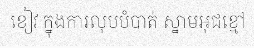
ខៀវ ក្នុងការលុបបំបាត់ ស្នាមអុជខ្មៅ